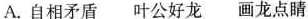
A.自相矛盾 叶公好龙 画龙点睛